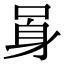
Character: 𨈗